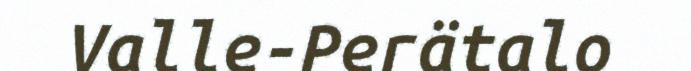
Valle-Perätalo